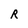
Character: R